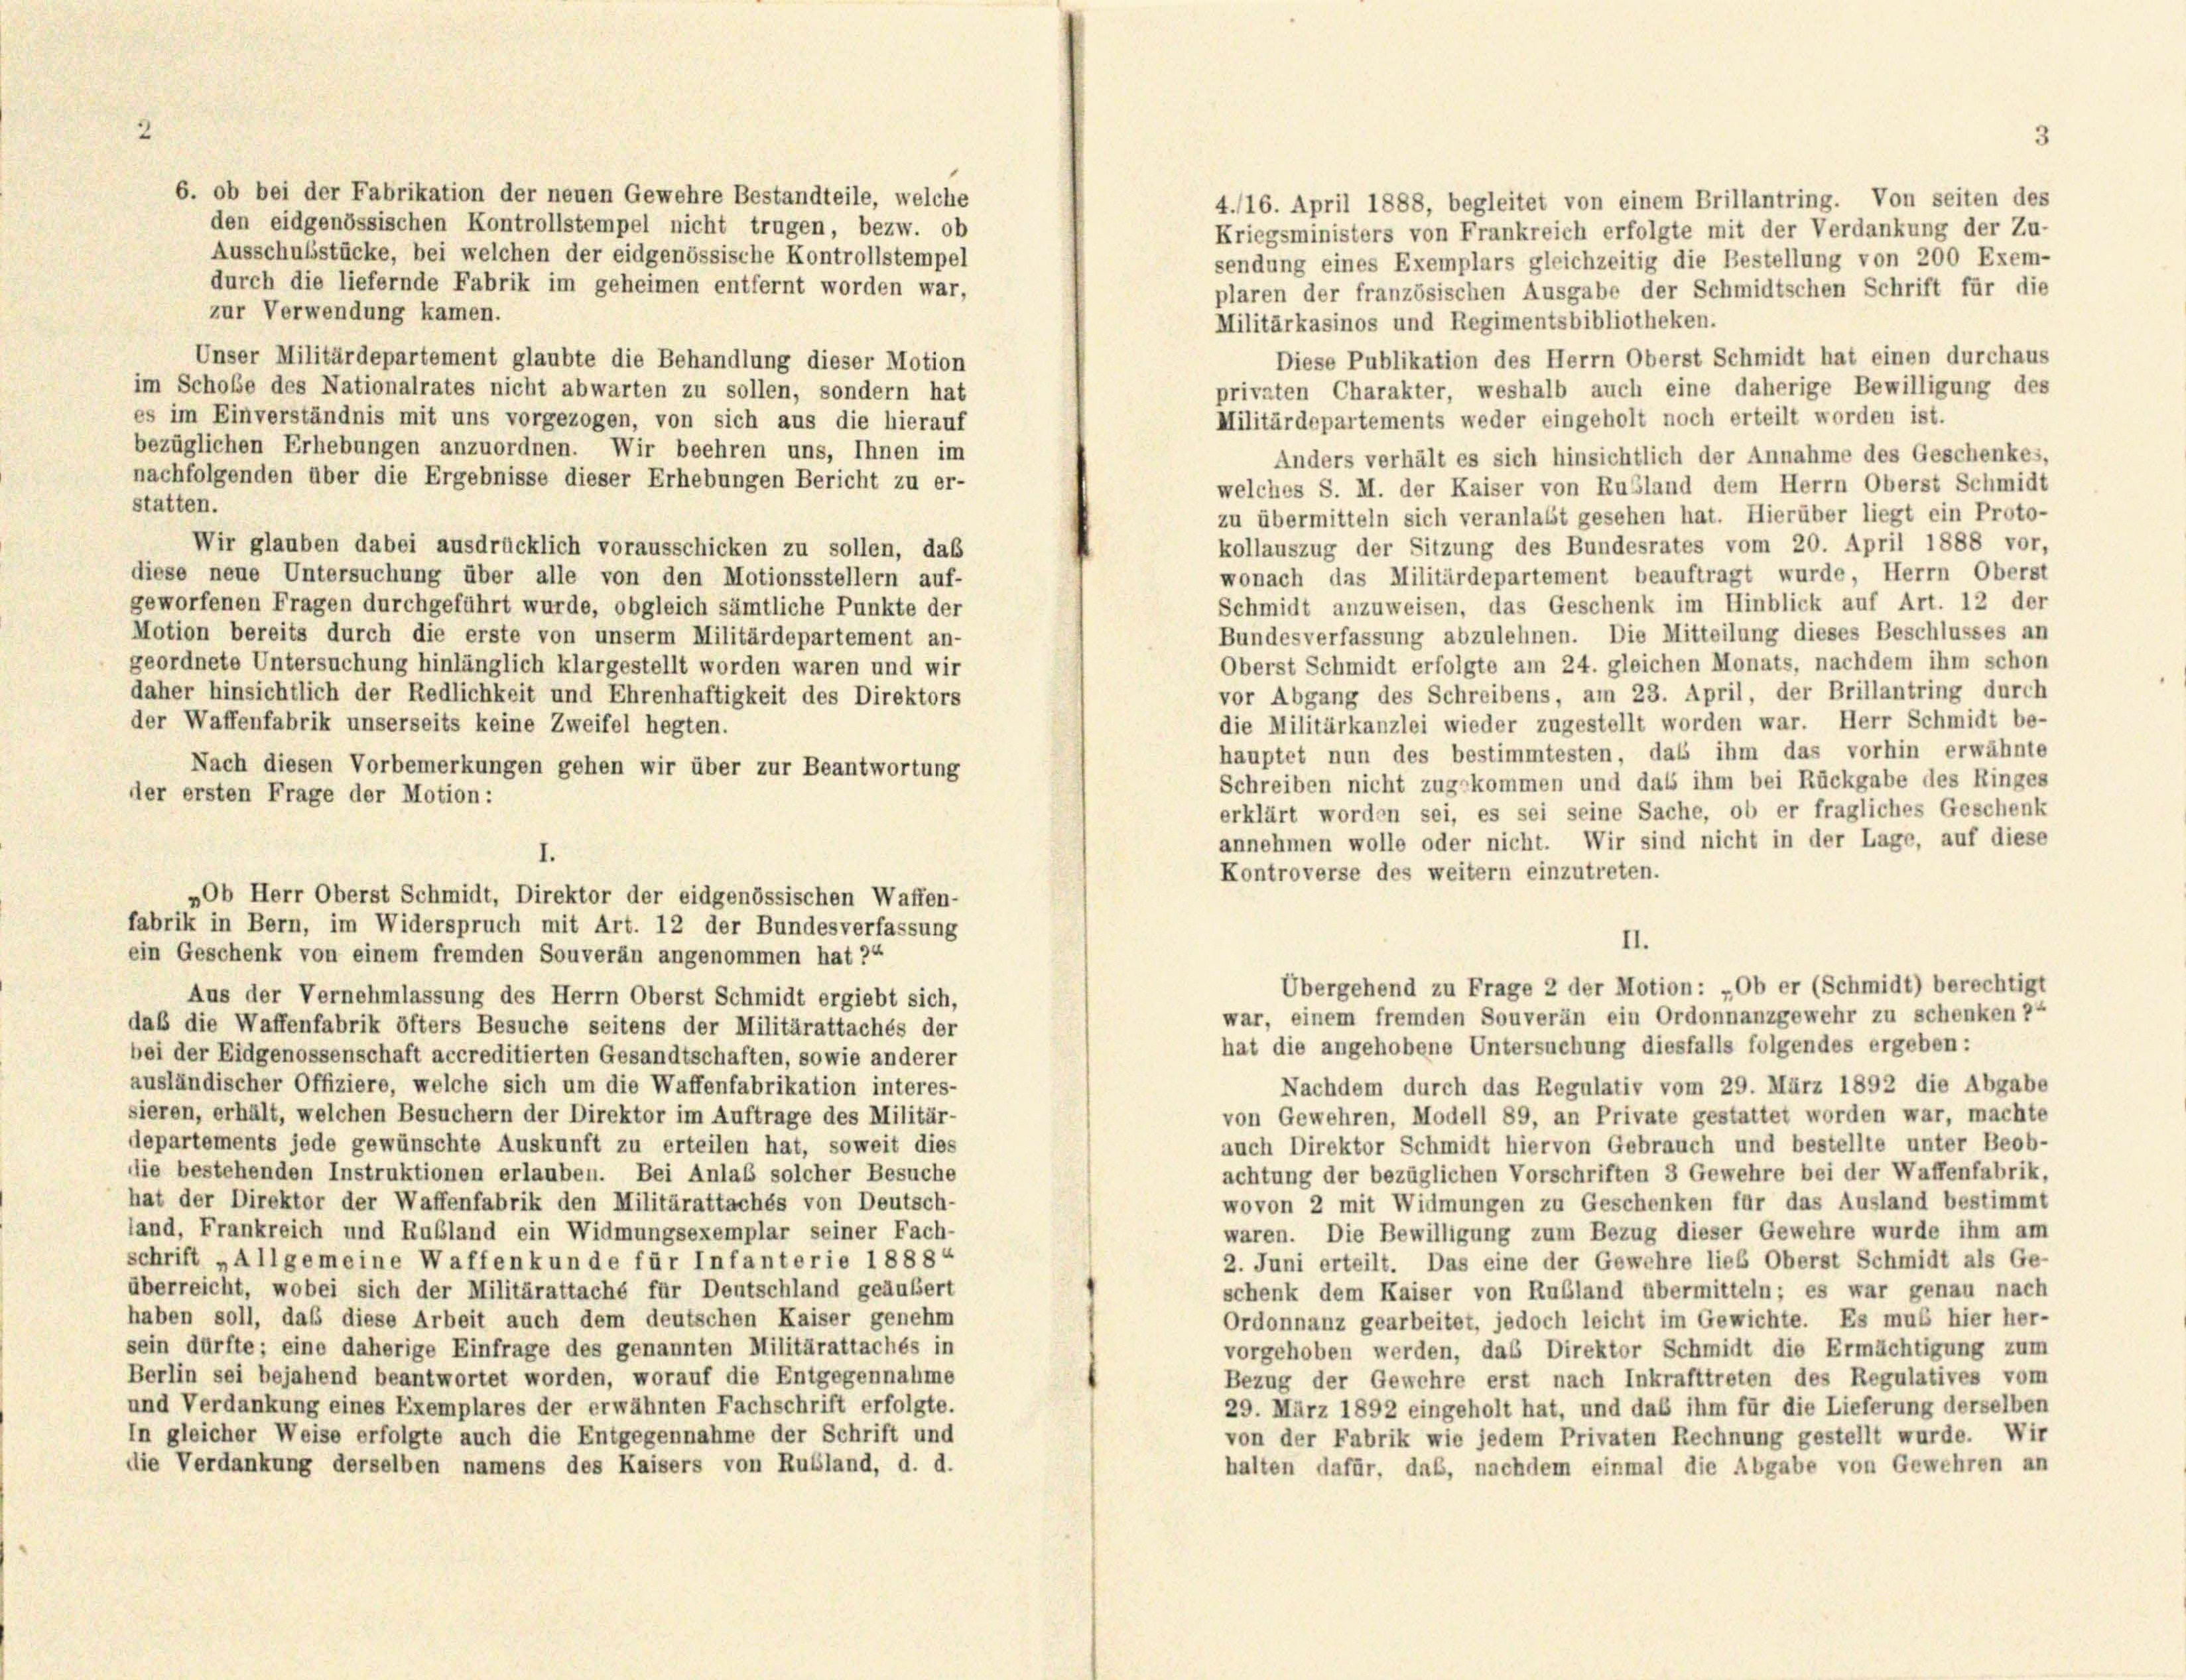
6. ob bei der Fabrikation der neuen Gewehre Bestandteile, welche
den eidgenössischen Kontrollstempel nicht trugen, bezw. ob
Ausschußstücke, bei welchen der eidgenössische Kontrollstempel
durch die liefernde Fabrik im geheimen entfernt worden war,
plaren der französischen Ausgabe der Schmidtschen Schrift für die
zur Verwendung kamen.
Militärkasinos und Regimentsbibliotheken.
Unser Militärdepartement glaubte die Behandlung dieser Motion
Diese Publikation des Herrn Oberst Schmidt hat einen durchaus
im Schoße des Nationalrates nicht abwarten zu sollen, sondern hat
privaten Charakter, weshalb auch eine daherige Bewilligung des
es im Einverständnis mit uns vorgezogen, von sich aus die hierauf
Militärdepartements weder eingeholt noch erteilt worden ist.
bezüglichen Erhebungen anzuordnen. Wir beehren uns, Ihnen im
Anders verhält es sich hinsichtlich der Annahme des Geschenkes,
nachfolgenden über die Ergebnisse dieser Erhebungen Bericht zu er-
welches S. M. der Kaiser von Rußland dem Herrn Oberst Schmidt
statten.
zu übermitteln sich veranlaßt gesehen hat. Hierüber liegt ein Proto-
kollauszug der Sitzung des Bundesrates vom 20. April 1888 vor,
Wir glauben dabei ausdrücklich vorausschicken zu sollen, das
wonach das Militärdepartement beauftragt wurde, Herrn Oberst
diese neue Untersuchung über alle von den Motionsstellern auf-
Schmidt anzuweisen, das Geschenk im Hinblick auf Art. 12 der
geworfenen Fragen durchgeführt wurde, obgleich sämtliche Punkte der
Bundesverfassung abzulehnen. Die Mitteilung dieses Beschlusses an
Motion bereits durch die erste von unserm Militärdepartement an-
Oberst Schmidt erfolgte am 24. gleichen Monats, nachdem ihm schon
geordnete Untersuchung hinlänglich klargestellt worden waren und wir
vor Abgang des Schreibens, am 23. April, der Brillantring durch
daher hinsichtlich der Redlichkeit und Ehrenhaftigkeit des Direktors
die Militärkanzlei wieder zugestellt worden war. Herr Schmidt be-
der Waffenfabrik unserseits keine Zweifel hegten.
hauptet nun des bestimmtesten, das ihm das vorhin erwähnte
Nach diesen Vorbemerkungen gehen wir über zur Beantwortung
Schreiben nicht zugekommen und dass ihm bei Rückgabe des Ringes
der ersten Frage der Motion:
erklärt worden sei, es sei seine Sache, ob er fragliches Geschenk
annehmen wolle oder nicht. Wir sind nicht in der Lage, auf diese
Kontroverse des weitern einzutreten.
„Ob Herr Oberst Schmidt, Direktor der eidgenössischen Waffen-
fabrik in Bern, im Widerspruch mit Art. 12 der Bundesverfassung
II.
ein Geschenk von einem fremden Souverän angenommen hat 34
Übergehend zu Frage 2 der Motion: „Ob er (Schmidt) berechtigt
Aus der Vernehmlassung des Herrn Oberst Schmidt ergiebt sich,
war, einem fremden Souverän ein Ordonnanzgewehr zu schenken?“
daß die Waffenfabrik öfters Besuche seitens der Militärattachés der
hat die angehobene Untersuchung diesfalls folgendes ergeben:
bei der Eidgenossenschaft accreditierten Gesandtschaften, sowie anderer
ausländischer Offiziere, welche sich um die Waffenfabrikation interes-
Nachdem durch das Regulativ vom 29. März 1892 die Abgabe
sieren, erhält, welchen Besuchern der Direktor im Auftrage des Militär-
von Gewehren, Modell 89, an Private gestattet worden war, machte
departements jede gewünschte Auskunft zu erteilen hat, soweit dies
auch Direktor Schmidt hiervon Gebrauch und bestellte unter Beob-
die bestehenden Instruktionen erlauben. Bei Anlaß solcher Besuche
achtung der bezüglichen Vorschriften 3 Gewehre bei der Waffenfabrik,
hat der Direktor der Waffenfabrik den Militärattachés von Deutsch-
wovon 2 mit Widmungen zu Geschenken für das Ausland bestimmt
land, Frankreich und Rußland ein Widmungsexemplar seiner Fach-
waren. Die Bewilligung zum Bezug dieser Gewehre wurde ihm am
schrift „Allgemeine Waffenkunde für Infanterie 1888“
2. Juni erteilt. Das eine der Gewehre lieb Oberst Schmidt als Ge-
überreicht, wobei sich der Militärattaché für Deutschland geäußert
schenk dem Kaiser von Rußland übermitteln; es war genau nach
haben soll, daß diese Arbeit auch dem deutschen Kaiser genehm
Ordonnanz gearbeitet, jedoch leicht im Gewichte. Es muß hier her-
sein dürfte; eine daherige Einfrage des genannten Militärattachés in
vorgehoben werden, das Direktor Schmidt die Ermächtigung zum
Berlin sei bejahend beantwortet worden, worauf die Entgegennahme
Bezug der Gewehre erst nach Inkrafttreten des Regulatives vom
und Verdankung eines Exemplares der erwähnten Fachschrift erfolgte.
29. März 1892 eingeholt hat, und daß ihm für die Lieferung derselben
In gleicher Weise erfolgte auch die Entgegennahme der Schrift und
von der Fabrik wie jedem Privaten Rechnung gestellt wurde. Wir
die Verdankung derselben namens des Kaisers von Rubland, d. d.
halten dafür, daß, nachdem einmal die Abgabe von Gewehren an

I.

4./16. April 1888, begleitet von einem Brillantring. Von seiten des
Kriegsministers von Frankreich erfolgte mit der Verdankung der Zu-
sendung eines Exemplars gleichzeitig die Bestellung von 200 Exem-